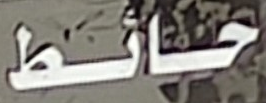
حائط